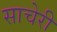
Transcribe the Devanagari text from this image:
साचेरी